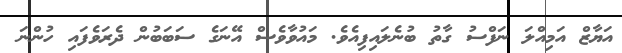
އަޔާޒް އަމިއްލަ ނަފްސު ގާތު ބުނެލައިފިއެވެ. މައުވާވެސް އޭނަގެ ސަބަބުން ދެރަވެފައި ހުންނަ